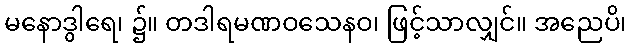
မနောဒွါရေ၊ ၌။ တဒါရမဏဝသေနဝ၊ ဖြင့်သာလျှင်။ အညေပိ၊